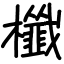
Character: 櫼